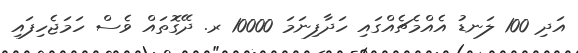
އަދި 100 ލަނޑު އެއްމެޗެއްގައި ހަދާފިނަމަ 10000 ރ. ދޭގޮތައް ވެސް ހަމަޖެހިފައި